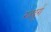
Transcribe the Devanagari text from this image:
रत्नदुर्ग